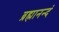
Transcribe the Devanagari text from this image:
ब्रह्मानन्दं